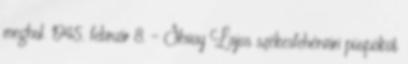
meghal. 1945. február 8. – Shvoy Lajos székesfehérvári püspököt